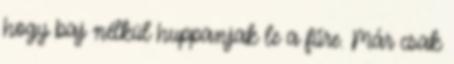
hogy baj nélkül huppanjak le a fűre. Már csak